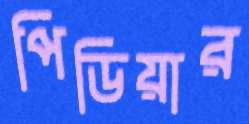
পিডিয়ার